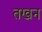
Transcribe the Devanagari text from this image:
तखन